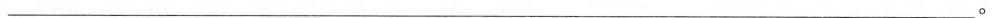
___。